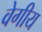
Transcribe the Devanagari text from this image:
वेगीय